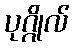
ပုဂ္ဂိုလ်